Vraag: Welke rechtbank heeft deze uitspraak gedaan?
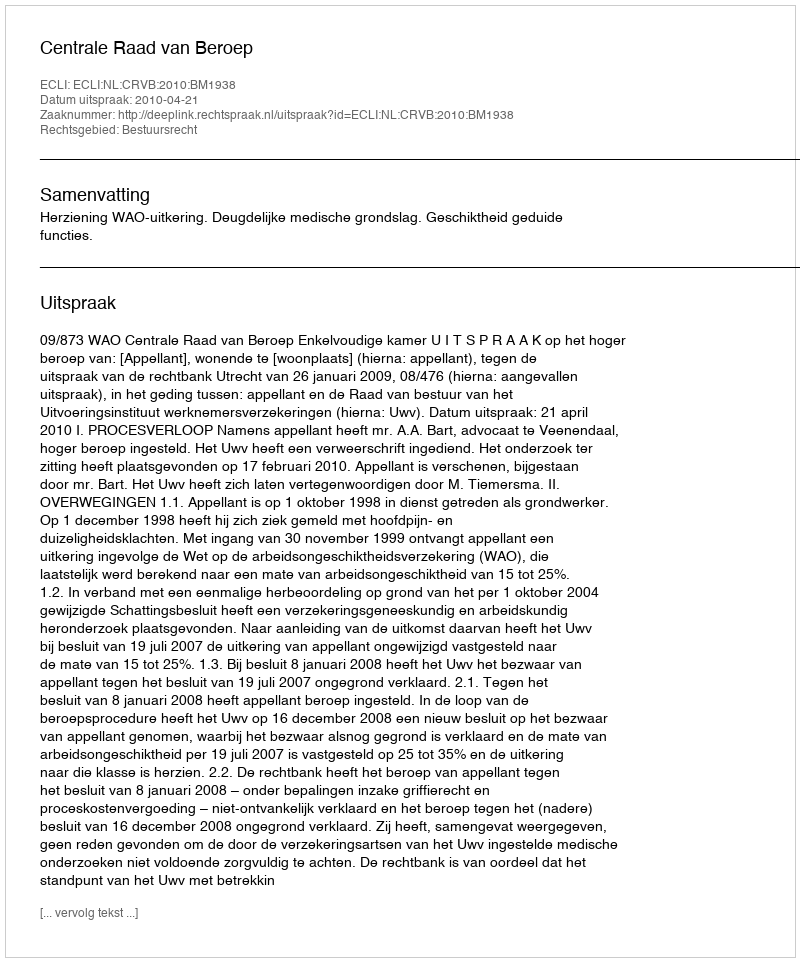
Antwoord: Centrale Raad van Beroep